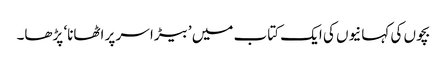
بچوں کی کہانیوں کی ایک کتاب میں ’بیڑا سر پر اٹھانا‘ پڑھا۔